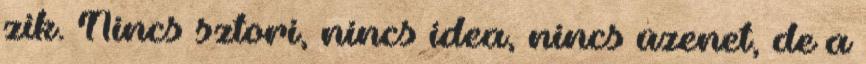
zik. Nincs sztori, nincs idea, nincs üzenet, de a